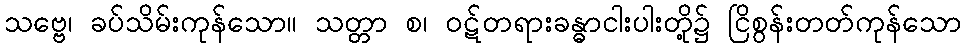
သဗ္ဗေ၊ ခပ်သိမ်းကုန်သော။ သတ္တာ စ၊ ဝဋ်တရားခန္ဓာငါးပါးတို့၌ ငြိစွန်းတတ်ကုန်သော